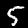
Digit: 5